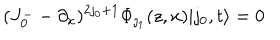
LaTeX: ( J _ { 0 } ^ { - } - \partial _ { x } ) ^ { 2 \jmath _ { 0 } + 1 } \Phi _ { \jmath _ { 1 } } ( z , x ) | \jmath _ { 0 } , t \rangle = 0